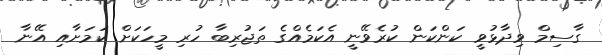
ގާސިމް ވިދާޅުވީ ކަންކަން ކުރެވޭނީ އެކަމެއްގެ ތަޖުރިބާ ހުރި މީހަކަށް ކަމަށާއި އޭނާ